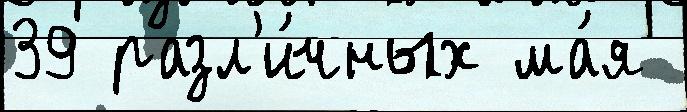
39 разл'и́чных ма́я